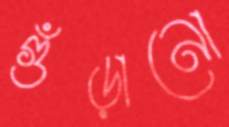
গুঁড়ানো